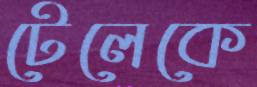
টেলেকে